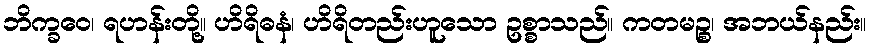
ဘိက္ခဝေ၊ ရဟန်းတို့။ ဟိရိဓနံ၊ ဟိရိတည်းဟူသော ဥစ္စာသည်။ ကတမဉ္စ၊ အဘယ်နည်း။